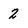
Character: 2